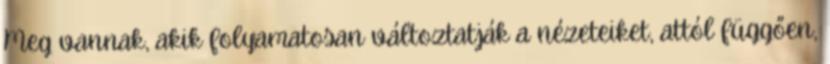
Meg vannak, akik folyamatosan változtatják a nézeteiket, attól függően,